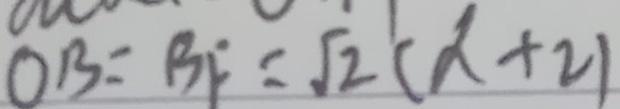
O B = B F = \sqrt { 2 } ( \alpha + 2 )